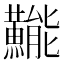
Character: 𱬯